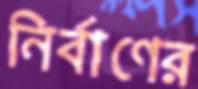
নির্বাণের